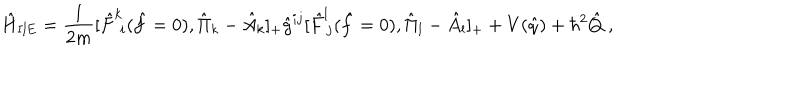
\hat { H } _ { \mathrm { I I E } } = \frac { 1 } { 2 m } [ \hat { F } ^ { k } \! _ { i } ( \hat { f } = 0 ) , \hat { \Pi } _ { k } - \hat { A } _ { k } ] _ { + } \hat { g } ^ { i j } [ \hat { F } ^ { l } \! _ { j } ( \hat { f } = 0 ) , \hat { \Pi } _ { l } - \hat { A } _ { l } ] _ { + } + V ( \hat { q } ) + { \hbar } ^ { 2 } \hat { Q } \; ,